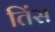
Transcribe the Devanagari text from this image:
तिंस